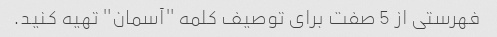
فهرستی از 5 صفت برای توصیف کلمه "آسمان" تهیه کنید.